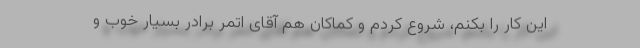
این کار را بکنم، شروع کردم و کماکان هم آقای اتمر برادر بسیار خوب و